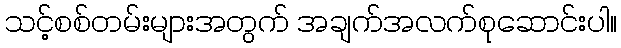
သင့်စစ်တမ်းများအတွက် အချက်အလက်စုဆောင်းပါ။